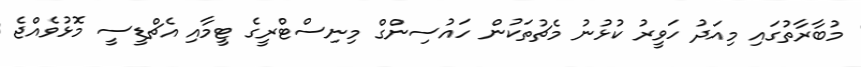
މުބާރާތުގައި މިއަދު ހަވީރު ކުޅުނު މެޗުތަކުން ހައުސިންގް މިނިސްޓްރީގެ ޓީމާއި އެޗްޑީސީ މޮޅުވެއްޖެ